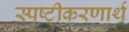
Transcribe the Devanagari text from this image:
स्पष्टीकरणार्थ